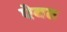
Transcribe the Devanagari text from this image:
ऐबत